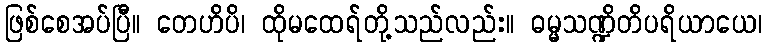
ဖြစ်စေအပ်ပြီ။ တေဟိပိ၊ ထိုမထေရ်တို့သည်လည်း။ ဓမ္မသဏ္ဍိတိပရိယာယေ၊